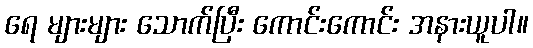
ရေ များများ သောက်ပြီး ကောင်းကောင်း အနားယူပါ။